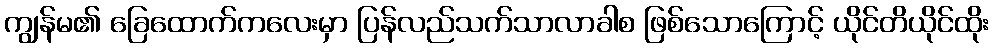
ကျွန်မ၏ ခြေထောက်ကလေးမှာ ပြန်လည်သက်သာလာခါစ ဖြစ်သောကြောင့် ယိုင်တိယိုင်ထိုး